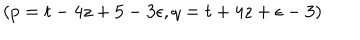
( p = t - 4 z + 5 - 3 \epsilon , q = t + 4 z + \epsilon - 3 )